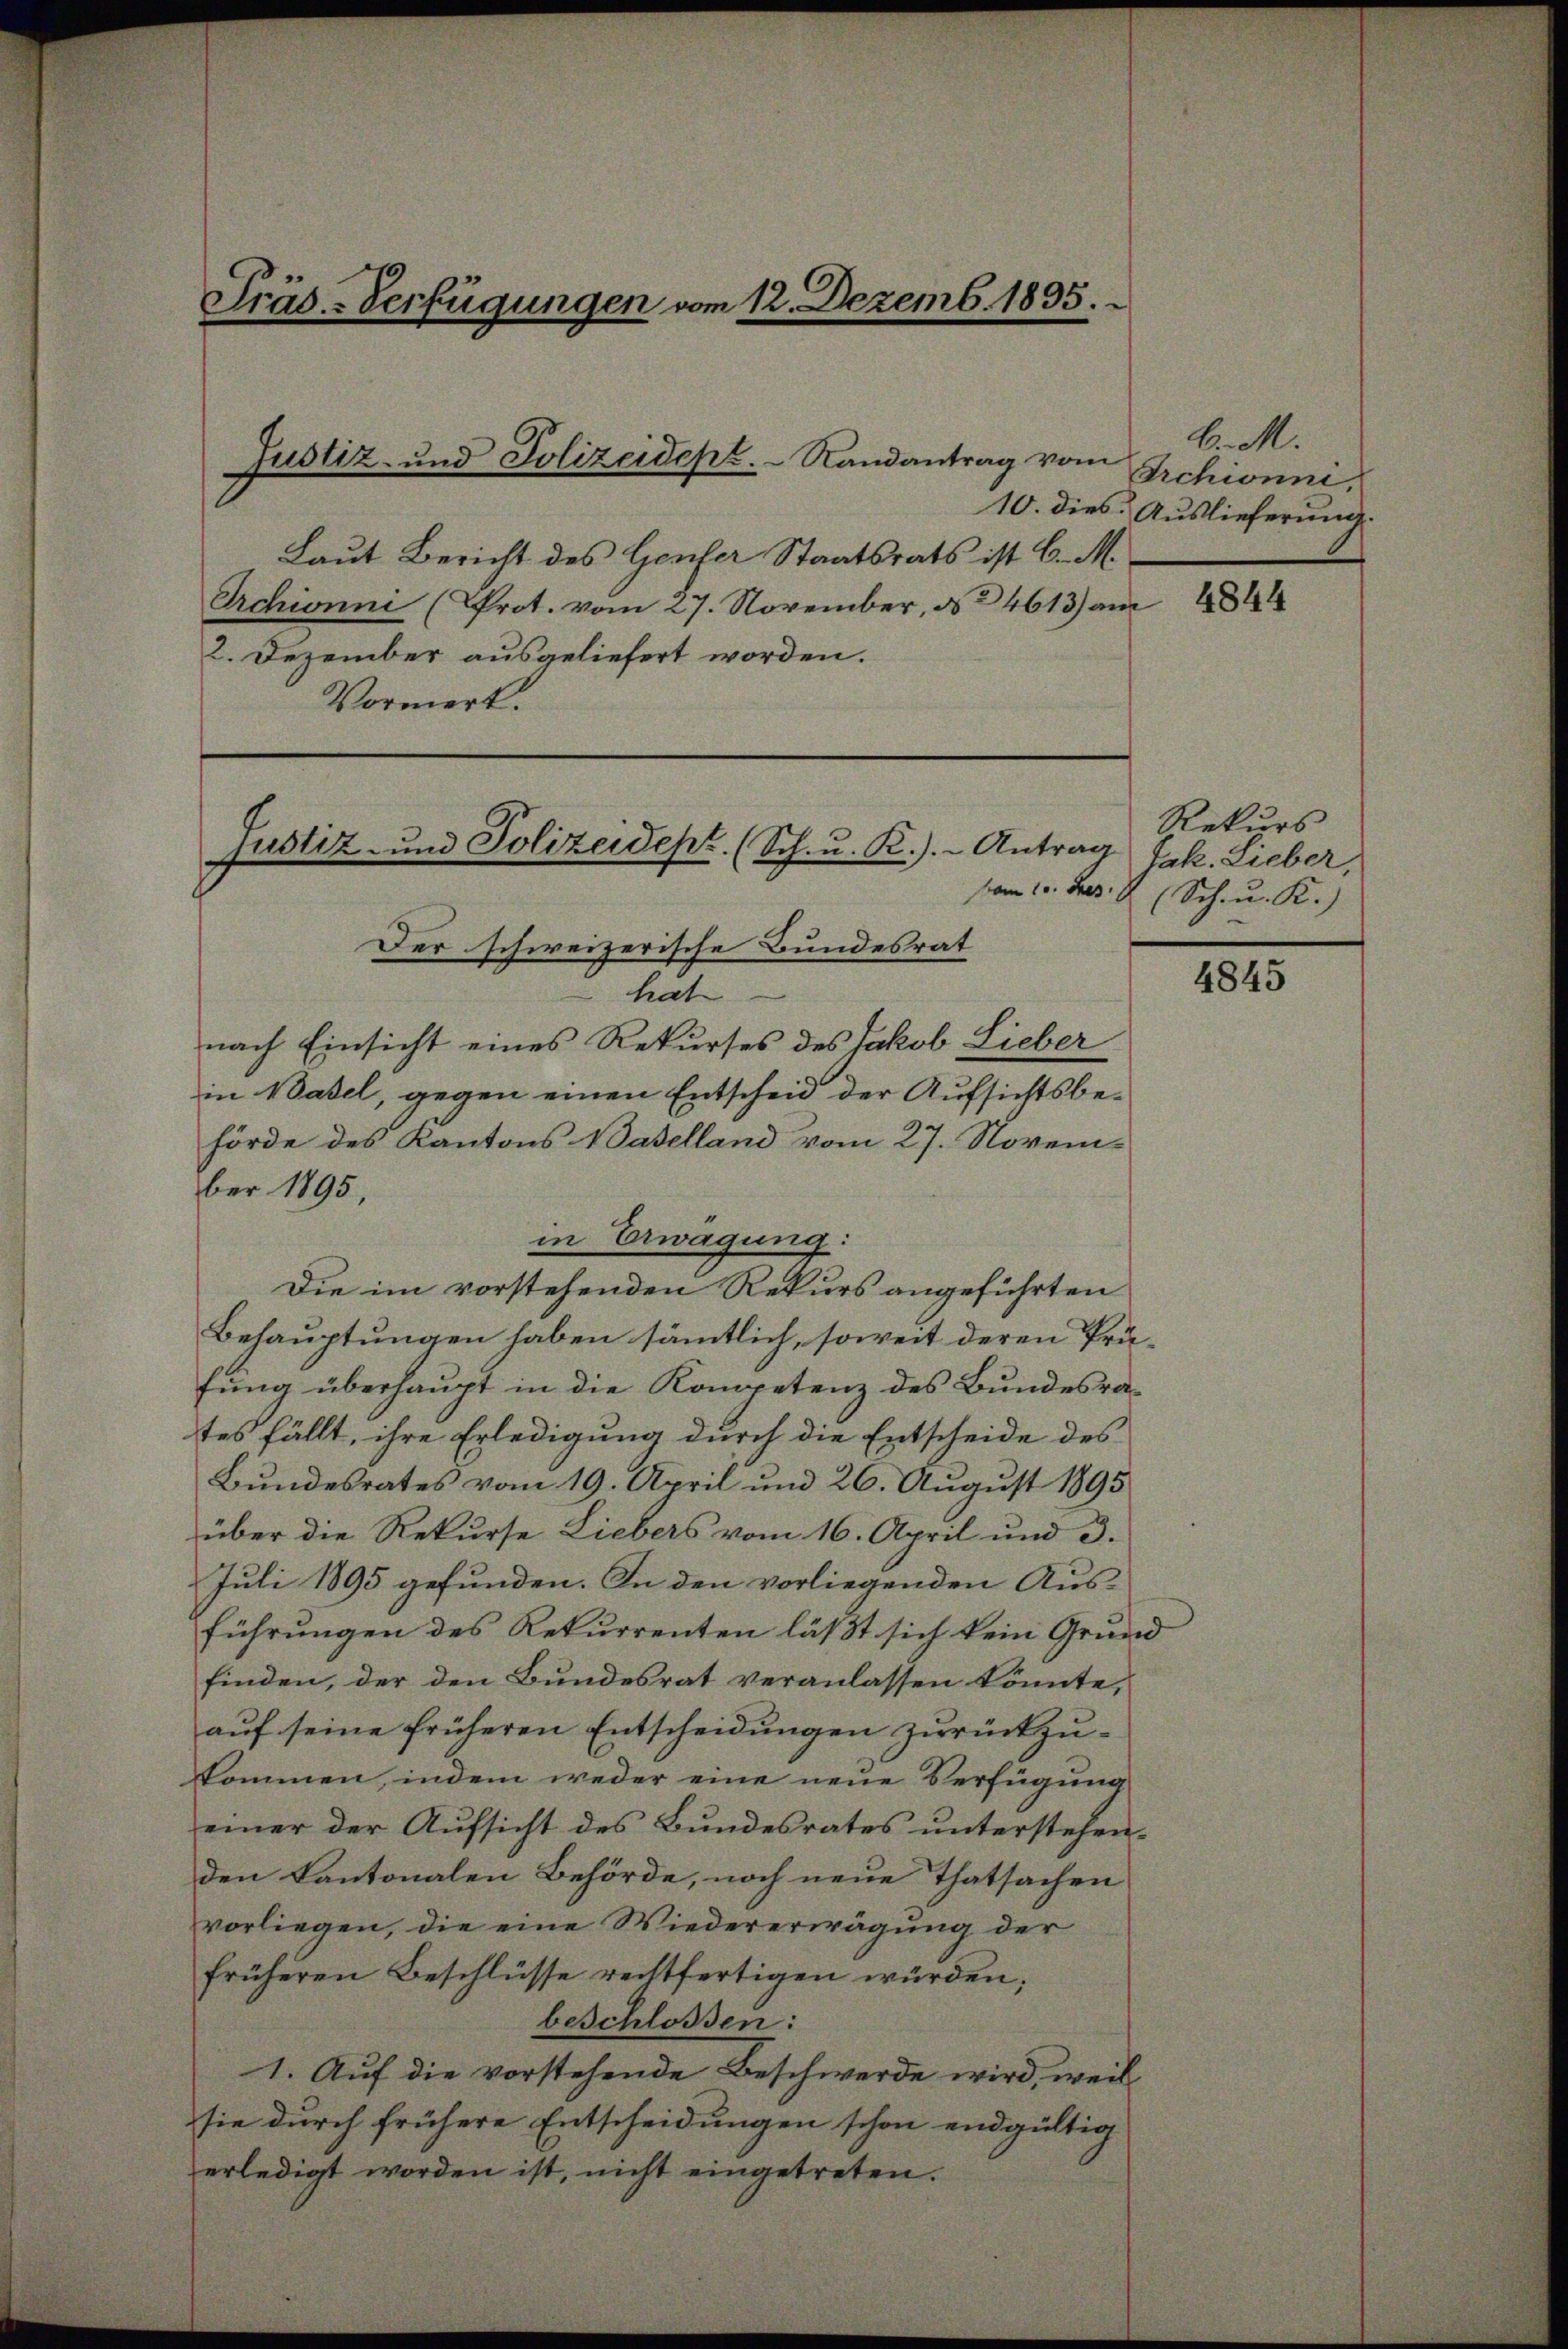
Präs.-Verfügungen vom 12. Dezemb. 1895.

Tustiz- und Polizeidept.   Randantrag vom

Der schweizerische Bundesrat
hat
nach Einsicht eines Rekurses des Jakob Lieber
in Basel, gegen einen Entscheid der Aufsichtsbehörde des Kantons Naselland vom 27. Novem-
ber 1895,
in Erwägung:
Die im vorstehenden Rekurs angeführten
Behauptungen haben sämmtlich, soweit deren Präfŭng überhaŭpt in die Kompetenz des Bŭndesra-
tes fällt, ihre Erledigung durch die Entscheide des
Bundesrates vom 19. April und 26. August 1895
über die Rekurse Liebers vom 16. April und 3.
Juli 1895 gefunden. In den vorliegenden Ausführungen des Rekurrenten läßt sich kein Grund
finden, der den Bundesrat veranlassen könnte,
auf seine früheren Entscheidungen zurückzukommen, indem weder eine neue Verfügung
einer der Aufsicht des Bundesrates unterstehenden Kantonalen Behörde, noch neue Thatsachen
vorliegen, die eine Wiedererwägung der
früheren Beschlüsse rechtfertigen würden;
beschlossen:
1. Auf die vorstehende Beschwerde wird, weil
sie durch frühere Entscheidungen schon endgültig
erledigt worden ist, nicht eingetreten.

Justiz- und Polizeidept. (Sch. u. R.).- Antrag

Laut Bericht des Genfer Staatsrats ist C. M.
Orchionni (Prot. vom 27. November, da 4613) am
2. Dezember ausgeliefert worden.
Vormerk.

H. M.
Archionni,
10. dies Auslieferung.

4844

Rekurs
Jak. Lieber,
vom 10. Jes. 2 (Sch. u. K.)

4845